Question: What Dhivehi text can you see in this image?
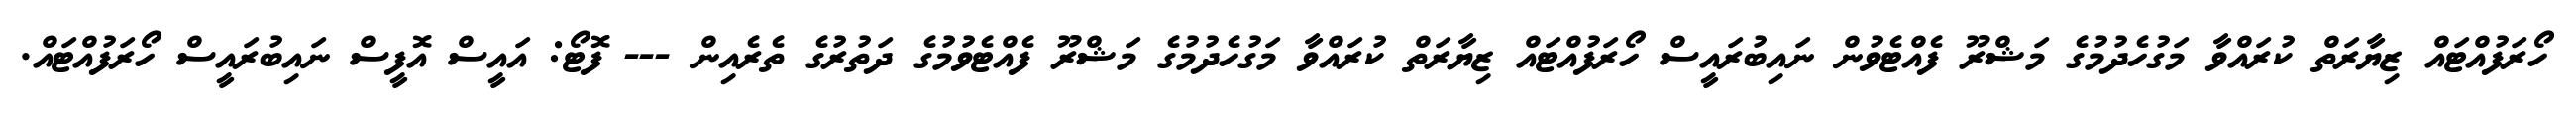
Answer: ހޯރަފުއްޓައް ޒިޔާރަތް ކުރައްވާ މަގުހެދުމުގެ މަޝްރޫ ފެއްޓެވުން ނައިބުރައީސް ހޯރަފުއްޓައް ޒިޔާރަތް ކުރައްވާ މަގުހެދުމުގެ މަޝްރޫ ފެއްޓެވުމުގެ ދަތުރުގެ ތެރެއިން --- ފޮޓޯ: އައީސް އޮފީސް ނައިބުރައީސް ހޯރަފުއްޓައް.